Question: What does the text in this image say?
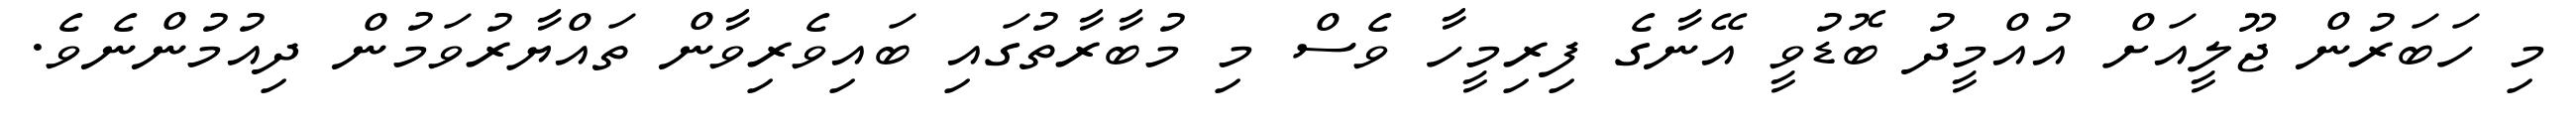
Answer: މި ހަބަރުން ޖޫލީއަށް އުއްމީދު ބޮޑުވީ އޭނާގެ ފިރިމީހާ ވެސް މި މުބާރާތުގައި ބައިވެރިވާން ތައްޔާރުވަމުން ދިއުމުންނެވެ.